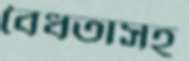
বৈধতাসহ